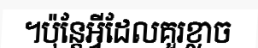
។ប៉ុន្តែអ្វីដែលគួរខ្លាច